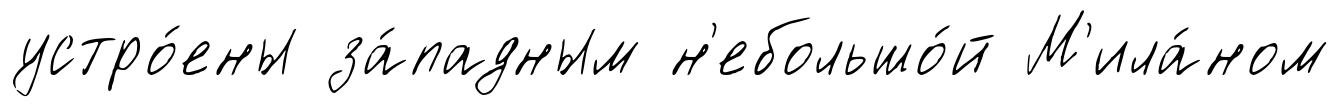
устро́ены за́падным н'ебольшо́й М'ила́ном